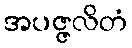
အပဇ္ဇလိတံ